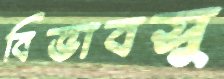
বিভাবসু